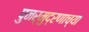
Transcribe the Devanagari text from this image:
पुनर्मुद्रणाच्या